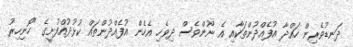
ދަނޑުވެރިން ހައްދާ އުފެއްދުންތަކާއި އެ ނޫންވެސް ދިވެހި އެހެން އުފެއްދުންތައް ކުޅުދުއްފުށީގެ "ހޮނިހިރު